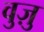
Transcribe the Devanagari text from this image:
वुज़ु